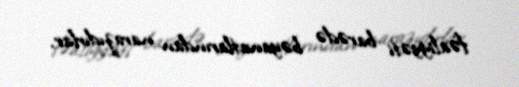
fəaliyyəti barədə bəyanatlarından narazıdırlar.